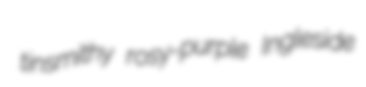
tinsmithy rosy-purple Ingleside